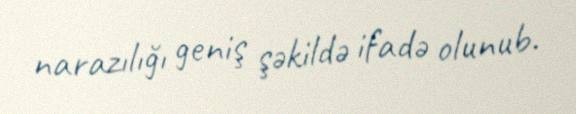
narazılığı geniş şəkildə ifadə olunub.